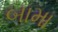
બામા